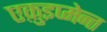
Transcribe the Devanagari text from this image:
एक़ुइप्मेन्त